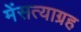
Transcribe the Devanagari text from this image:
मेंसत्याग्रह